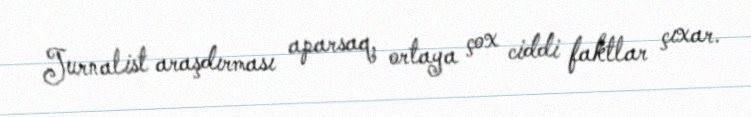
Jurnalist araşdırması aparsaq, ortaya çox ciddi faktlar çıxar.